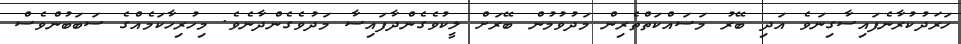
ހަރަދުކުރާނެފައިސާގިނަވެ އަދި ބޭރު މަސައްކަތްތެރިން މަދުވުމުން ބޭރަށް ލީކުވެގެންދާފައިސާ މަދުވެގެންދާނެވެ. މިހުރިހާކަމެއްގެ ސަބަބުންވެސް